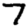
Digit: 7